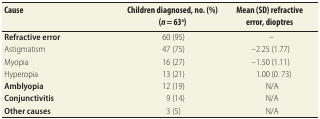
| Cause | Children diagnosed, no. (%) (n = 63a) | Mean (SD) refractive error, dioptres |
 | --- | --- | --- |
 | Refractive error | 60 (95) | – |
 | Astigmatism | 47 (75) | –2.25 (1.77) |
 | Myopia | 16 (27) | –1.50 (1.11) |
 | Hyperopia | 13 (21) | 1.00 (0. 73) |
 | Amblyopia | 12 (19) | N/A |
 | Conjunctivitis | 9 (14) | N/A |
 | Other causes | 3 (5) | N/A |